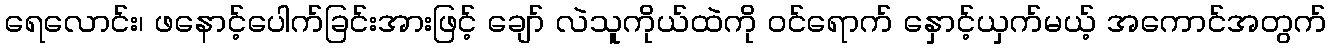
ရေလောင်း၊ ဖနောင့်ပေါက်ခြင်းအားဖြင့် ချော် လဲသူကိုယ်ထဲကို ဝင်ရောက် နှောင့်ယှက်မယ့် အကောင်အတွက်